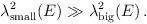
LaTeX: \begin{align*}\lambda^2_{\mbox{\scriptsize{small}}}(E) \gg\lambda^2_{\mbox{\scriptsize{big}}}(E) \,.\end{align*}